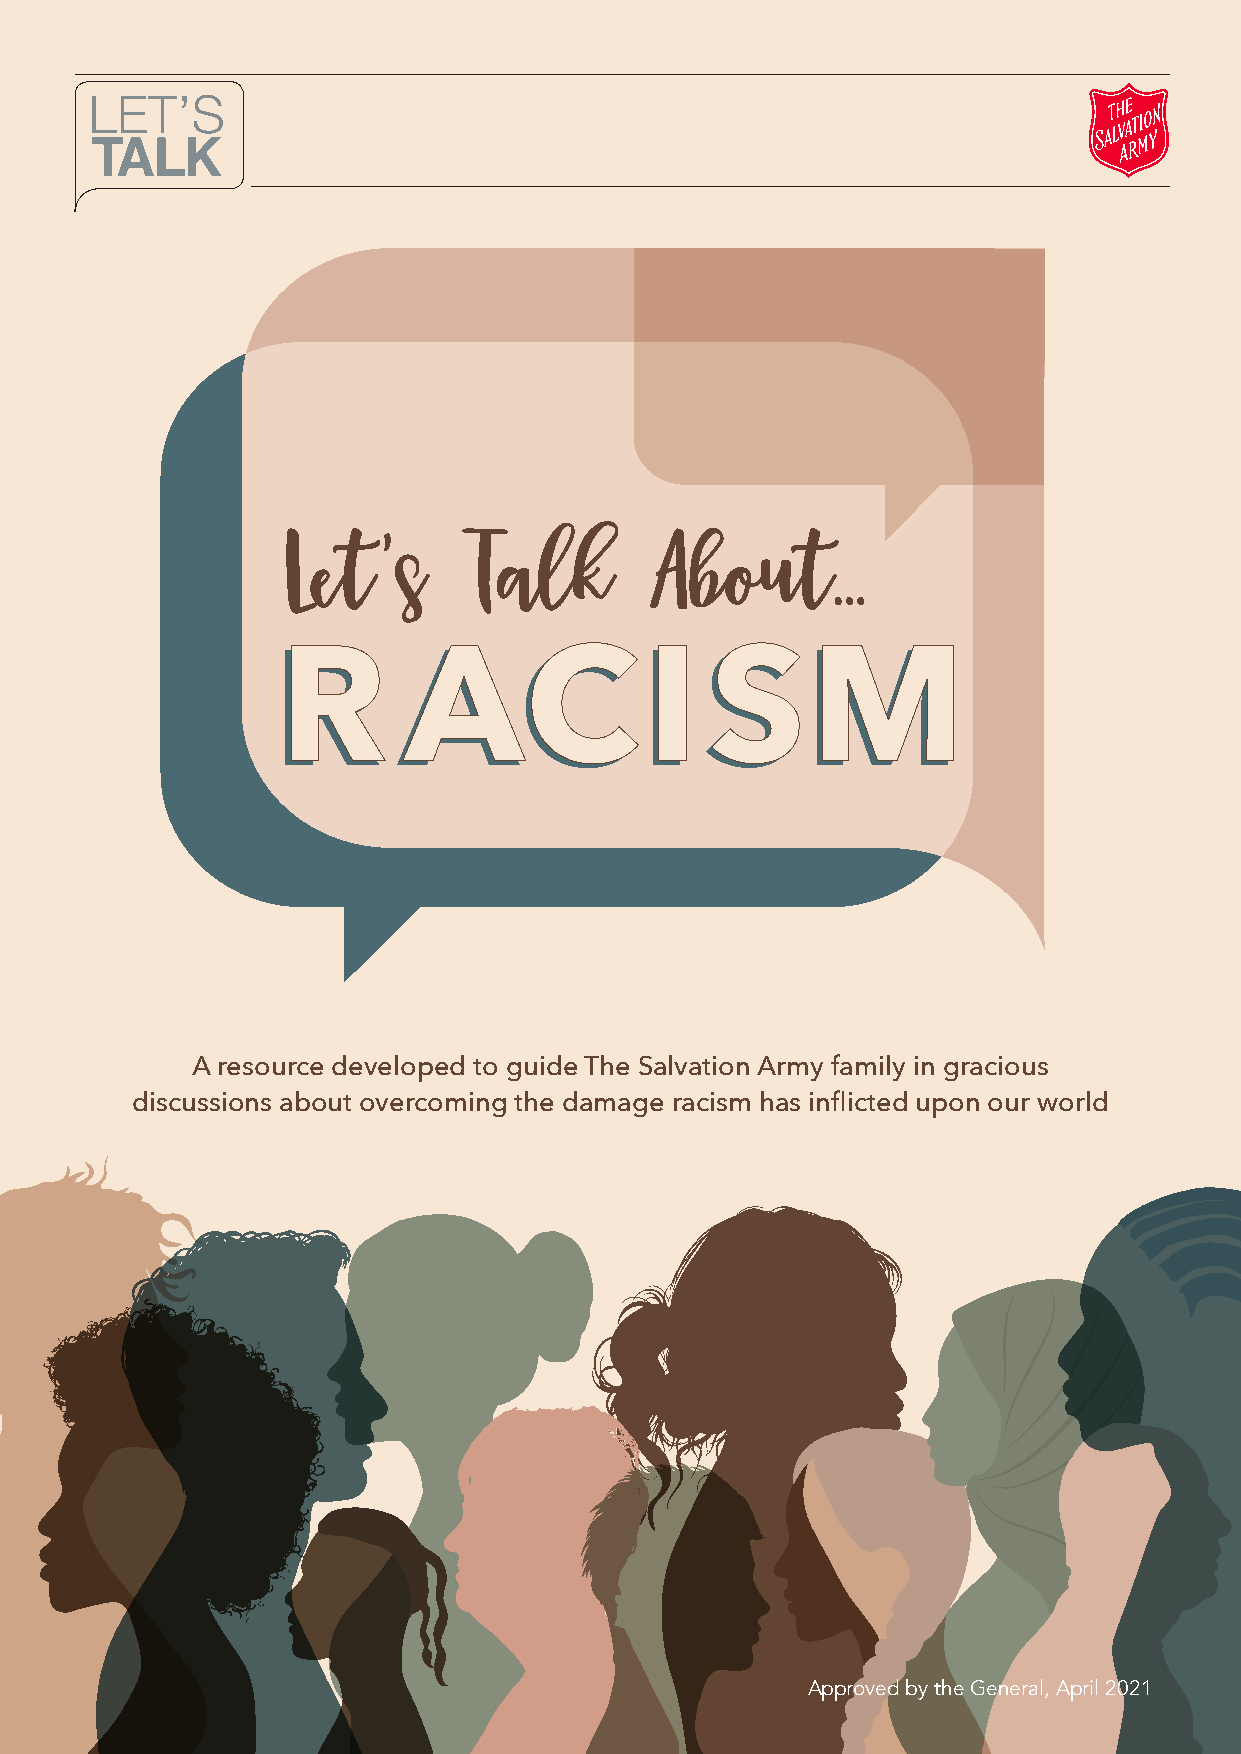
LET’S
 TALK
 LLeett’’ss TTaallkk     AAbboouutt......
 R        AC              I   SM
 A resource developed to guide The Salvation Army family in gracious
 discussions about overcoming the damage racism has inflicted upon our world
 Approved by the General, April 2021